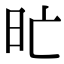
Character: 𣅇